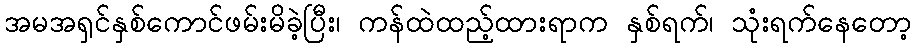
အမအရှင်နှစ်ကောင်ဖမ်းမိခဲ့ပြီး၊ ကန်ထဲထည့်ထားရာက နှစ်ရက်၊ သုံးရက်နေတော့